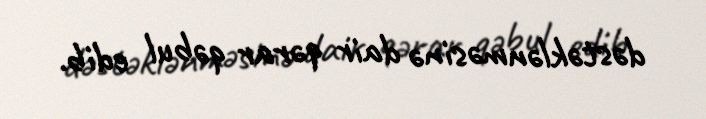
dəstəklənməsinə dair qərar qəbul edib.